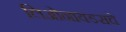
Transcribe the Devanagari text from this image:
लिओनायडसचे